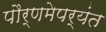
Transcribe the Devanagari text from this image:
पौर्णमेपर्यंत